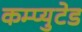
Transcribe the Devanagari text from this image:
कम्प्युटेड